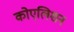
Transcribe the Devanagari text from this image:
कोएलिशन